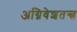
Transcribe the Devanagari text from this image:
अग्निवेशतन्त्र